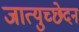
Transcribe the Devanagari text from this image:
जात्युच्छेदन